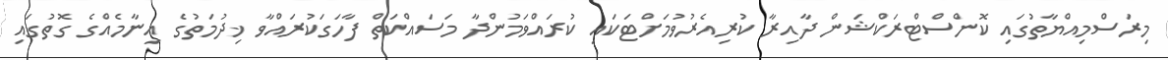
މިރަސްމިއްޔާތުގައި ކޮންސްޓްރަކްޝަން ދާއިރާ ކުރިއެރުވުމަށްޓަކައި ކުރައްވަމުންދާ މަސައްކަތް ފާހަގަކުރައްވާ ޚިދުމަތުގެ އިނާމެއްގެ ގޮތުގައި